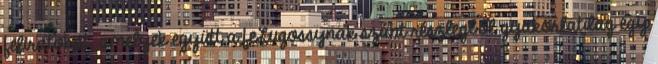
feliratokat, amelyek együtt a feLugossynak szánt részlegből gyakorlatilag egy